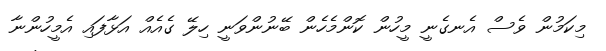
މިކަމުން ވެސް އެނގެނީ މީހުން ކޮންމެހެން ބޭނުންވަނީ ހިލޭ ގެއެއް އަޅާފައި އެމީހުންނާ